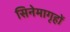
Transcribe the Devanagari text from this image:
सिनेमागृहों